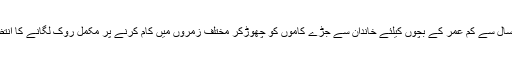
اس بل میں 14سال سے کم عمر کے بچوں کیلئے خاندان سے جڑے کاموں کو چھوڑکر مختلف زمروں میں کام کرنے پر مکمل روک لگانے کا انتظام کیا گیا ہے ۔